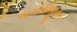
અબોરીજીનલ